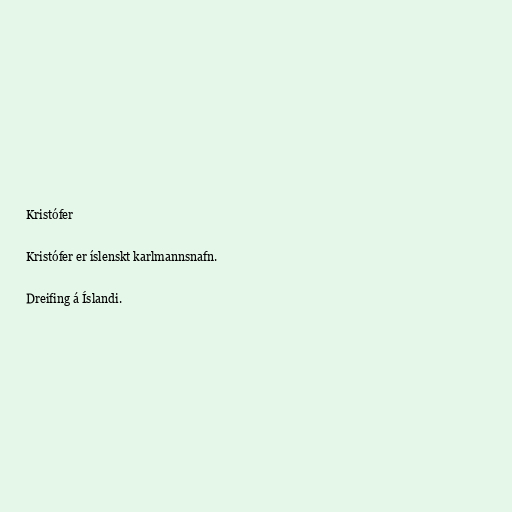
Kristófer

Kristófer er íslenskt karlmannsnafn.

Dreifing á Íslandi.